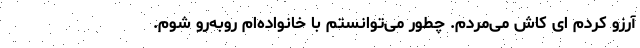
آرزو کردم ای کاش می‌مردم. چطور می‌توانستم با خانواده‌ام روبه‌رو شوم.